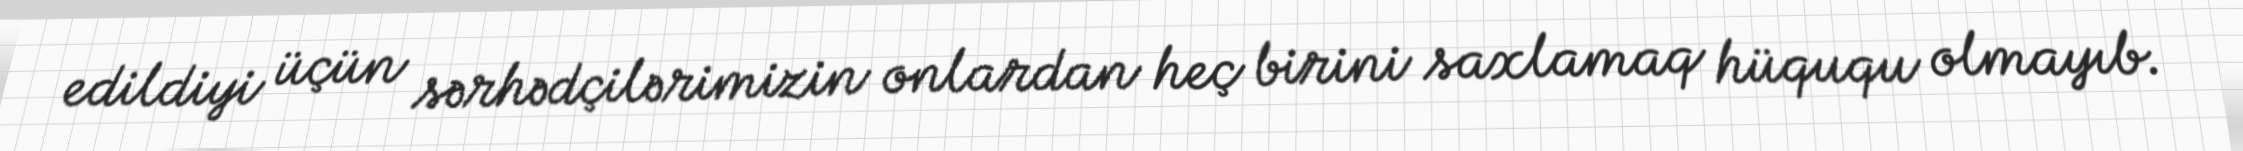
edildiyi üçün sərhədçilərimizin onlardan heç birini saxlamaq hüququ olmayıb.